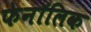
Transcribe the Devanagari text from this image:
फेनॉलिक